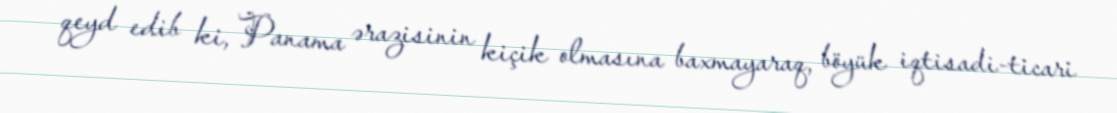
qeyd edib ki, Panama ərazisinin kiçik olmasına baxmayaraq, böyük iqtisadi-ticari